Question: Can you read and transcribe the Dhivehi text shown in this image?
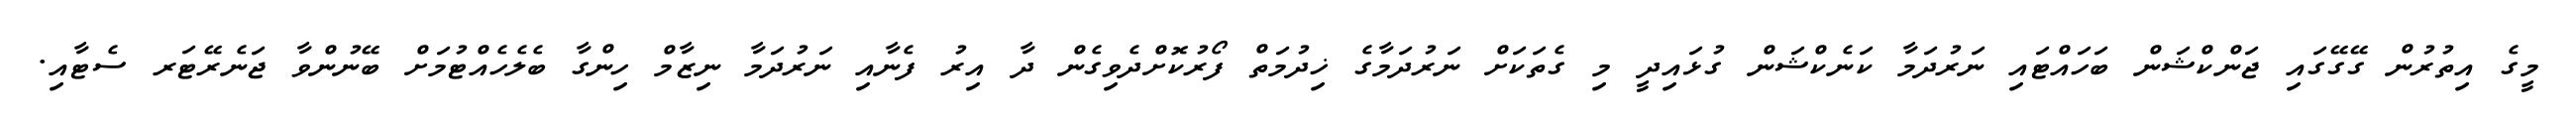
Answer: މީގެ އިތުރުން ގޭގޭގައި ޖަންކްޝަން ބަހައްޓައި ނަރުދަމާ ކަނެކްޝަން ގުޅައިދީ މި ގެތަކަށް ނަރުދަމާގެ ޚިދުމަތް ފޯރުކޮށްދެވިގެން ދާ އިރު ފެނާއި ނަރުދަމާ ނިޒާމް ހިންގާ ބެލެހެއްޓުމަށް ބޭނުންވާ ޖަނެރޭޓަރ ސެޓާއި.